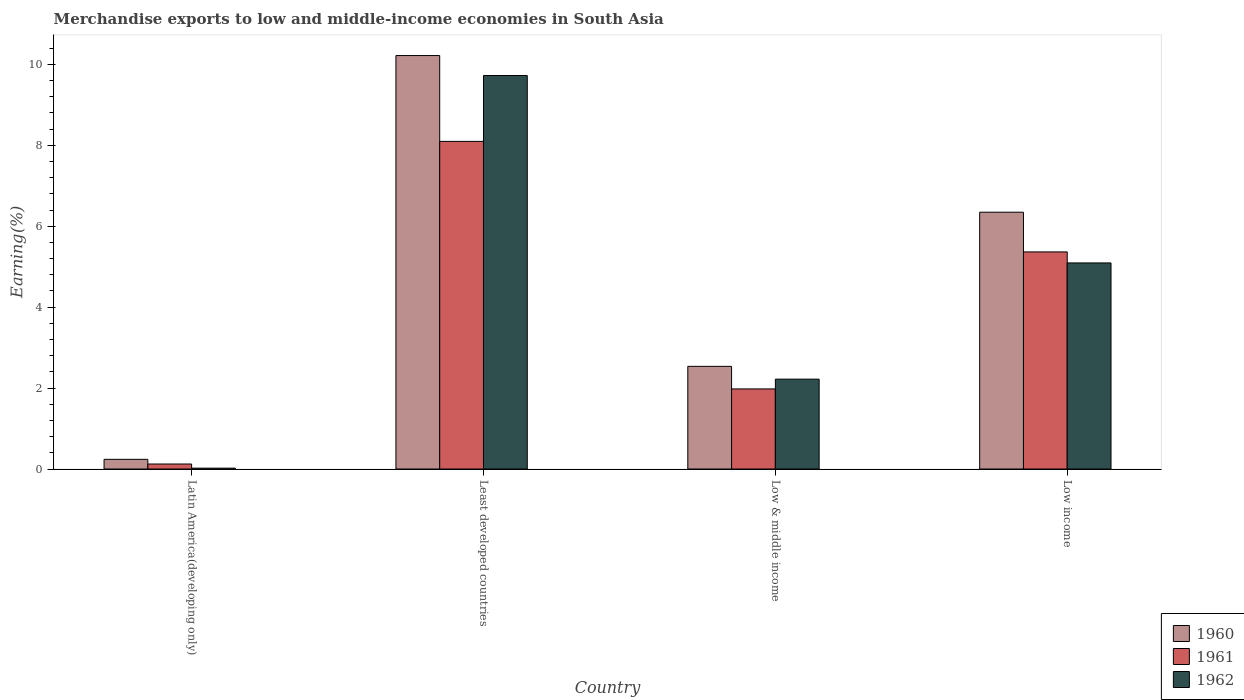
| Country | 1960 | 1961 | 1962 |
 | --- | --- | --- | --- |
 | Latin America(developing only) | 0.239 | 0.124 | 0.021 |
 | Least developed countries | 10.2 | 8.1 | 9.73 |
 | Low & middle income | 2.54 | 1.98 | 2.22 |
 | Low income | 6.35 | 5.37 | 5.09 |